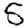
Digit: 5